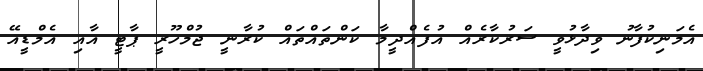
އެމަނިކުފާނު ވިދާޅުވީ ސަރުކާރެއް އުފެއްދީމާ ކަންތައްތައް ކުރާނީ ޖުމްހޫރީ ޕާޓީ އާއި އެމްޑީއޭ